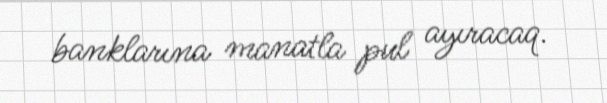
banklarına manatla pul ayıracaq.